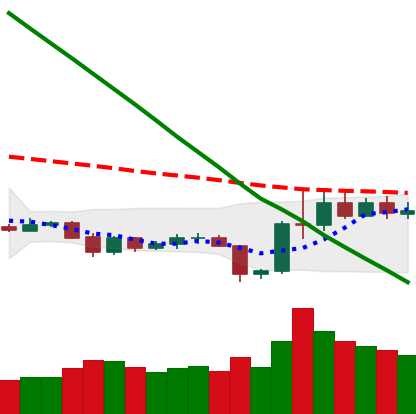
Ticker: LTC-USD
Chart end date: 2019-10-31
Forward return: 7.693%
Label: up_7plus